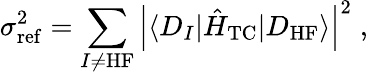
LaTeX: \sigma_{\mathrm{ref}}^{2}=\sum_{I\ne\mathrm{HF}}\left|\langle D_{I}|\hat{H}_{\mathrm{TC}}|D_{\mathrm{HF}}\rangle\right|^{2}\; ,